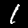
Digit: 1